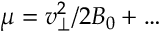
\mu = v _ { \perp } ^ { 2 } / 2 B _ { 0 } + \ldots